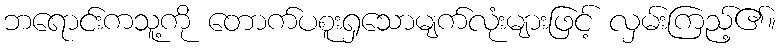
ဘရောင်းကသူ့ကို တောက်ပစူးရှသောမျက်လုံးများဖြင့် လှမ်းကြည့်၏။